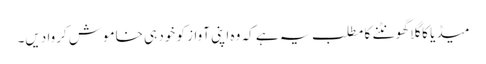
میڈیا کا گلا گھونٹنے کا مطلب یہ ہے کہ وہ اپنی آواز کو خود ہی خاموش کروا دیں۔